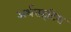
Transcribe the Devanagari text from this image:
अर्थराइटिस